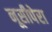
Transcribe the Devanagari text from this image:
नूसीपेरा